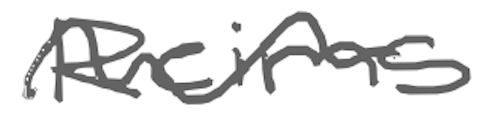
Text: Reims
Cross-out: wave
Writing tool: digital_gray